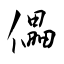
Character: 儡